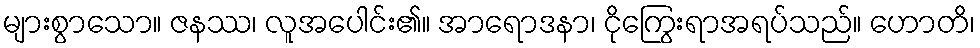
များစွာသော။ ဇနဿ၊ လူအပေါင်း၏။ အာရောဒနာ၊ ငိုကြွေးရာအရပ်သည်။ ဟောတိ၊